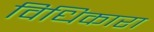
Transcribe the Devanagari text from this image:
विधिकारा